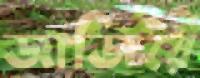
জাজিরে